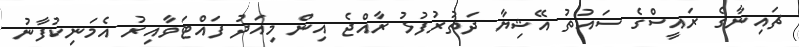
ޗައިނާގެ ރައީސްގެ ސައުތު އޭޝިޔާ ދަތުރުފުޅު ރާއްޖެ އިން މިއަދު ފައްޓަވާއިރު އެމަނިކުފާނު